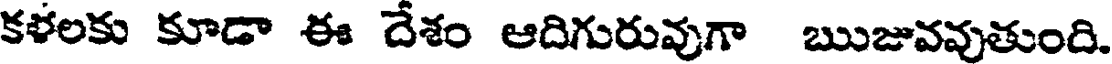
కళలకు కూడా ఈ దేశం ఆదిగురువుగా ఋజువవుతుంది.